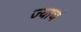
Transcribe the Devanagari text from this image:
ज्याचं